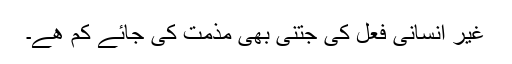
غیر انسانی فعل کی جتنی بھی مذمت کی جائے کم ھے۔